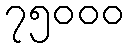
၇၅၀၀၀